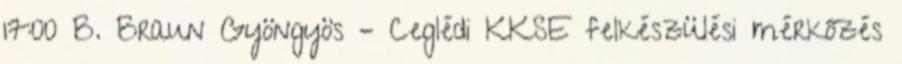
17:00 B. Braun Gyöngyös – Ceglédi KKSE felkészülési mérkőzés